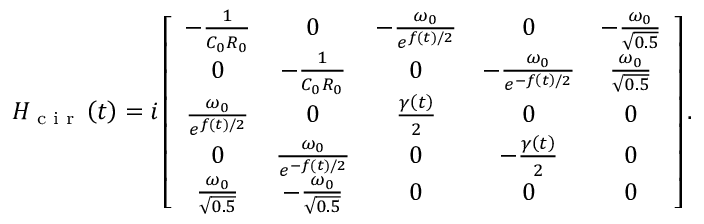
\begin{array} { r } { H _ { \textrm { c i r } } \left( t \right) = i \left[ \begin{array} { c c c c c } { - \frac { 1 } { C _ { 0 } R _ { 0 } } } & { 0 } & { - \frac { \omega _ { 0 } } { e ^ { f \left( t \right) / 2 } } } & { 0 } & { - \frac { \omega _ { 0 } } { \sqrt { 0 . 5 } } } \\ { 0 } & { - \frac { 1 } { C _ { 0 } R _ { 0 } } } & { 0 } & { - \frac { \omega _ { 0 } } { e ^ { - f \left( t \right) / 2 } } } & { \frac { \omega _ { 0 } } { \sqrt { 0 . 5 } } } \\ { \frac { \omega _ { 0 } } { e ^ { f \left( t \right) / 2 } } } & { 0 } & { \frac { \gamma \left( t \right) } { 2 } } & { 0 } & { 0 } \\ { 0 } & { \frac { \omega _ { 0 } } { e ^ { - f \left( t \right) / 2 } } } & { 0 } & { - \frac { \gamma \left( t \right) } { 2 } } & { 0 } \\ { \frac { \omega _ { 0 } } { \sqrt { 0 . 5 } } } & { - \frac { \omega _ { 0 } } { \sqrt { 0 . 5 } } } & { 0 } & { 0 } & { 0 } \end{array} \right] . } \end{array}